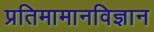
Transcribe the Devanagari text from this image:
प्रतिमामानविज्ञान